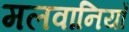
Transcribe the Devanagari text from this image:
मलवानियाँ